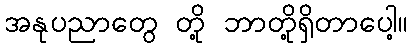
အနုပညာတွေ တို့ ဘာတို့ရှိတာပေါ့။